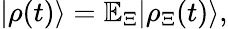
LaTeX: |\rho(t)\rangle=\mathbb{E}_{\Xi}|\rho_{\Xi}(t)\rangle,